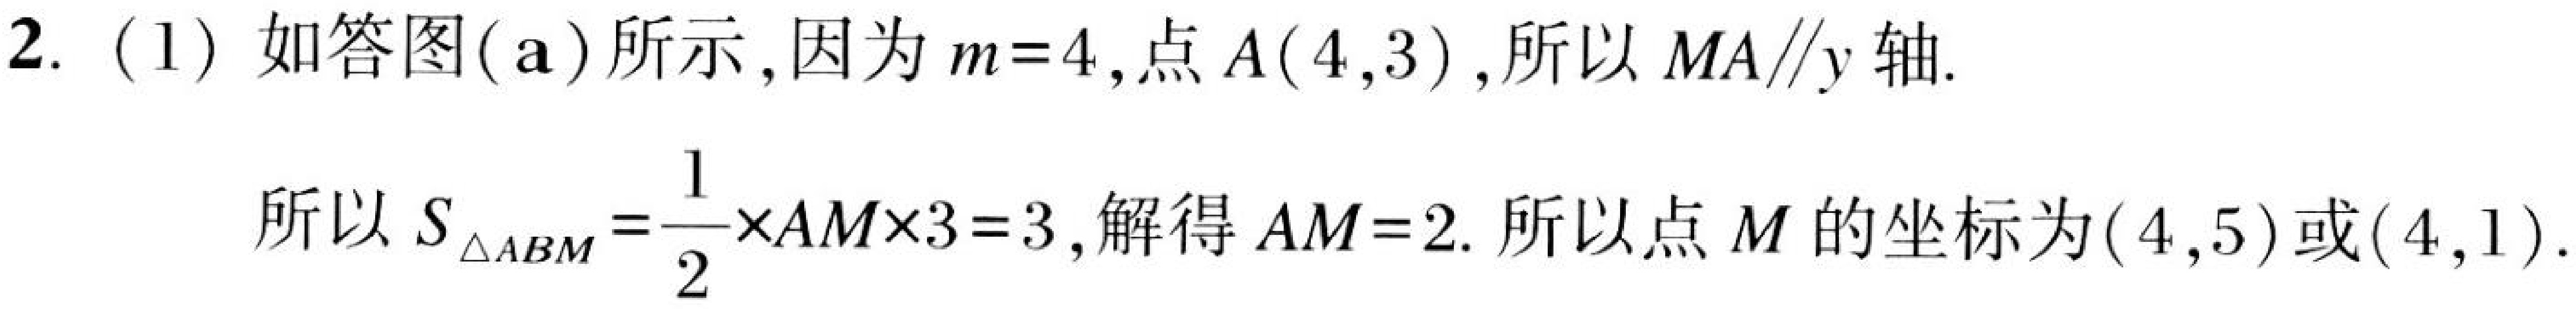
2. (1) 如答图(a)所示,因为\(m = 4\),点\(A(4,3)\),所以\(MA\parallel y\)轴.
所以\(S_{\triangle ABM}=\frac{1}{2}\times AM\times3 = 3\),解得\(AM = 2\). 所以点\(M\)的坐标为\((4,5)\)或\((4,1)\).